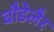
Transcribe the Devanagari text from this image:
बौडेलैर